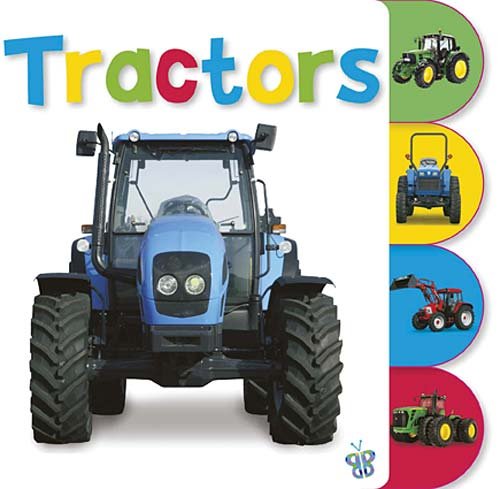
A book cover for Tabbed Tractors (Busy Baby); Joanna Bicknell; Children's Books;